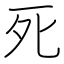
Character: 死